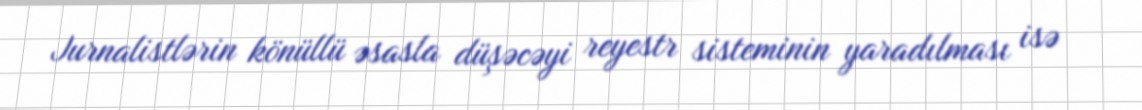
Jurnalistlərin könüllü əsasla düşəcəyi reyestr sisteminin yaradılması isə